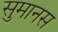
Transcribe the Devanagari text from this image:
सुमानस